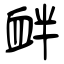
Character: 衅